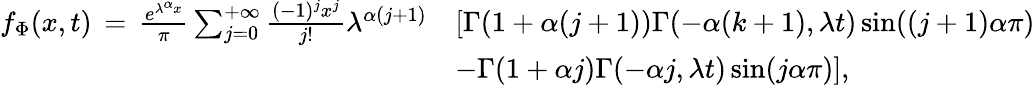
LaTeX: \begin{array}{rl}{f_{\Phi}(x,t)\, =\, \frac{e^{\lambda^{\alpha}x}}{\pi}\sum_{j=0}^{+\infty}\frac{(-1)^{j}x^{j}}{j!}\lambda^{\alpha(j+1)}}&{\left[\Gamma(1+\alpha(j+1))\Gamma(-\alpha(k+1),\lambda t)\sin((j+1)\alpha\pi)\right.}\\ &{\left.-\Gamma(1+\alpha j)\Gamma(-\alpha j,\lambda t)\sin(j\alpha\pi)\right],}\end{array}